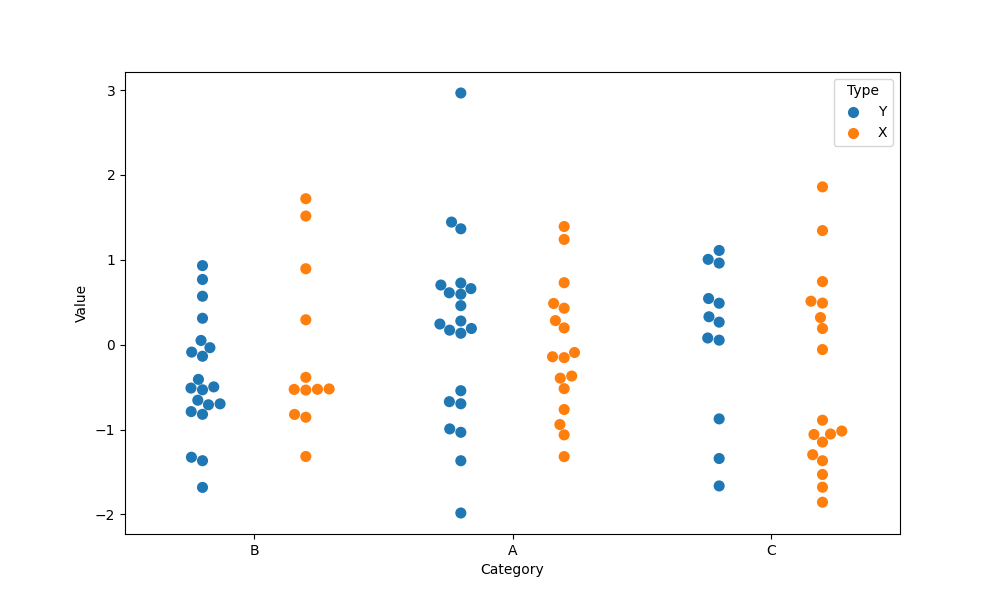
python, seaborn, swarmplot, dodge=True, alpha=1.0, size=8